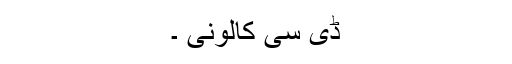
ڈی سی کالونی ۔